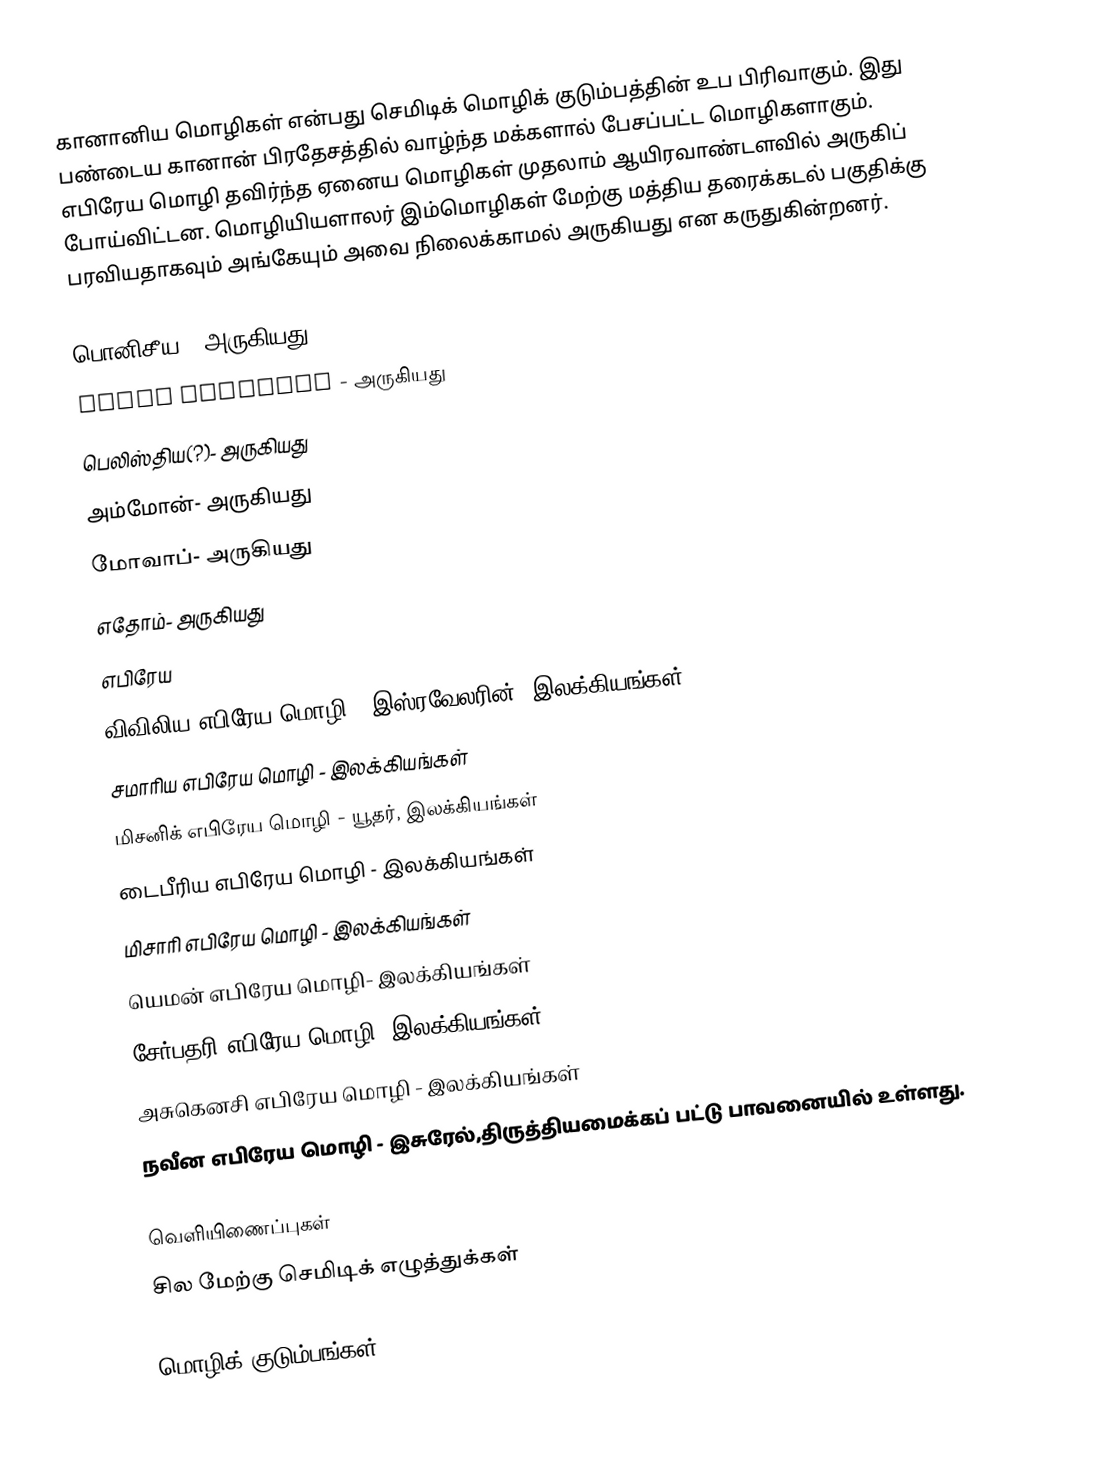
கானானிய மொழிகள் என்பது செமிடிக் மொழிக் குடும்பத்தின் உப பிரிவாகும். இது பண்டைய கானான் பிரதேசத்தில் வாழ்ந்த மக்களால் பேசப்பட்ட மொழிகளாகும். எபிரேய மொழி தவிர்ந்த ஏனைய மொழிகள் முதலாம் ஆயிரவாண்டளவில் அருகிப் போய்விட்டன. மொழியியளாலர் இம்மொழிகள் மேற்கு மத்திய தரைக்கடல் பகுதிக்கு பரவியதாகவும் அங்கேயும் அவை நிலைக்காமல் அருகியது என கருதுகின்றனர்.

பொனிசீய - அருகியது
 Punic language - அருகியது
பெலிஸ்திய(?)- அருகியது
அம்மோன்- அருகியது
மோவாப்- அருகியது
எதோம்- அருகியது
எபிரேய
 விவிலிய எபிரேய மொழி - இஸ்ரவேலரின், இலக்கியங்கள்
 சமாரிய எபிரேய மொழி - இலக்கியங்கள்
 மிசனிக் எபிரேய மொழி - யூதர், இலக்கியங்கள்
 டைபீரிய எபிரேய மொழி - இலக்கியங்கள்
 மிசாரி எபிரேய மொழி -  இலக்கியங்கள்
 யெமன் எபிரேய மொழி-  இலக்கியங்கள்
 சேர்பதரி எபிரேய மொழி-  இலக்கியங்கள்
 அசுகெனசி எபிரேய மொழி - இலக்கியங்கள்
 நவீன எபிரேய மொழி - இசுரேல்,திருத்தியமைக்கப் பட்டு பாவனையில் உள்ளது.

வெளியிணைப்புகள்
 சில மேற்கு செமிடிக் எழுத்துக்கள்

மொழிக் குடும்பங்கள்